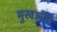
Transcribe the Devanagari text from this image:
मुखर्जीचे